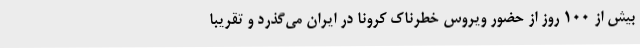
بیش از 100 روز از حضور ویروس خطرناک کرونا در ایران می‌گذرد و تقریباً